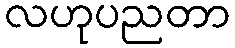
လဟုပညတာ